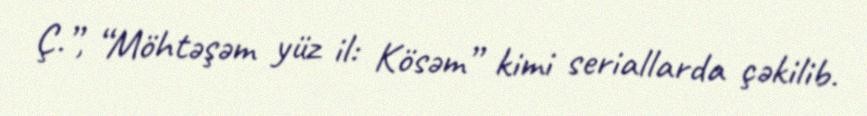
Ç.”, “Möhtəşəm yüz il: Kösəm” kimi seriallarda çəkilib.